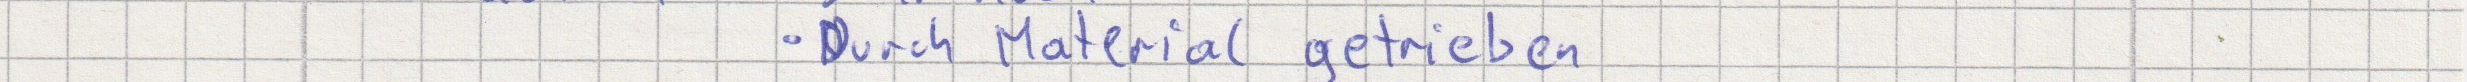
Durch Material getrieben